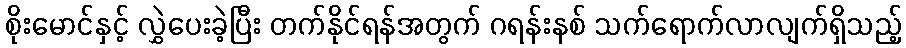
စိုးမောင်နှင့် လွှဲပေးခဲ့ပြီး တက်နိုင်ရန်အတွက် ဂရန်းနစ် သက်ရောက်လာလျက်ရှိသည့်